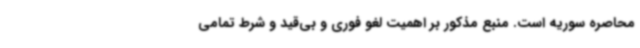
محاصره سوریه است. منبع مذکور بر اهمیت لغو فوری و بی‌قید و شرط تمامی